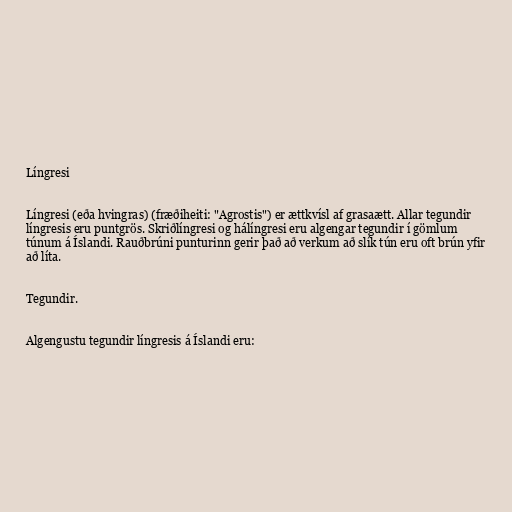
Língresi

Língresi (eða hvingras) (fræðiheiti: "Agrostis") er ættkvísl af grasaætt. Allar tegundir
língresis eru puntgrös. Skriðlíngresi og hálíngresi eru algengar tegundir í gömlum
túnum á Íslandi. Rauðbrúni punturinn gerir það að verkum að slík tún eru oft brún yfir
að líta.

Tegundir.

Algengustu tegundir língresis á Íslandi eru: